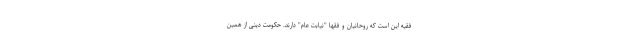
فقیه این است که روحانیان و فقها "نیابت عام" دارند. حکومت دینی از همین